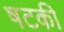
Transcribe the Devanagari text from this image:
षटकी